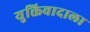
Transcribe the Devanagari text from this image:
युक्तिवादाला